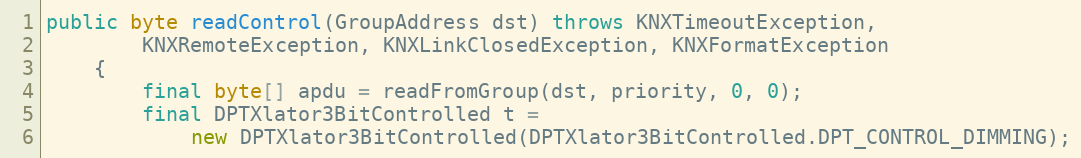
Language: Java
public byte readControl(GroupAddress dst) throws KNXTimeoutException,
		KNXRemoteException, KNXLinkClosedException, KNXFormatException
	{
		final byte[] apdu = readFromGroup(dst, priority, 0, 0);
		final DPTXlator3BitControlled t =
			new DPTXlator3BitControlled(DPTXlator3BitControlled.DPT_CONTROL_DIMMING);